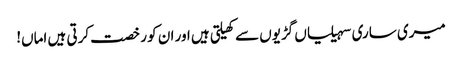
میری ساری سہیلیاں گڑیوں سے کھیلتی ہیں اور ان کو رخصت کرتی ہیں اماں!